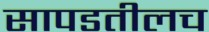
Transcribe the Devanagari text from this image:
सापडतीलच